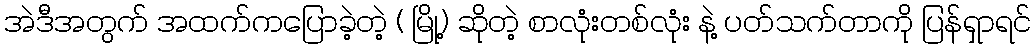
အဲဒီအတွက် အထက်ကပြောခဲ့တဲ့ ( မြို့) ဆိုတဲ့ စာလုံးတစ်လုံး နဲ့ ပတ်သက်တာကို ပြန်ရှာရင်